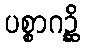
ပစ္စာဂဉ္ဆိ